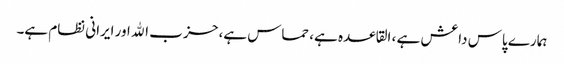
ہمارے پاس داعش ہے ، القاعده ہے، حماس ہے، حز ب الله اور ایرانی نظام ہے۔